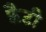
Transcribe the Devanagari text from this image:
फ़ैटी